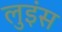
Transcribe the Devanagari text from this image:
लुइंस